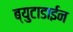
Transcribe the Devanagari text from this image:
ब्युटाडाईन